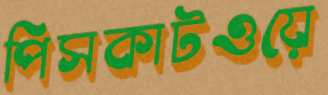
পিসকাটওয়ে